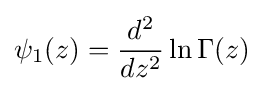
\psi _{1}(z)={\frac {d^{2}}{dz^{2}}}\ln \Gamma (z)